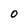
Character: 0